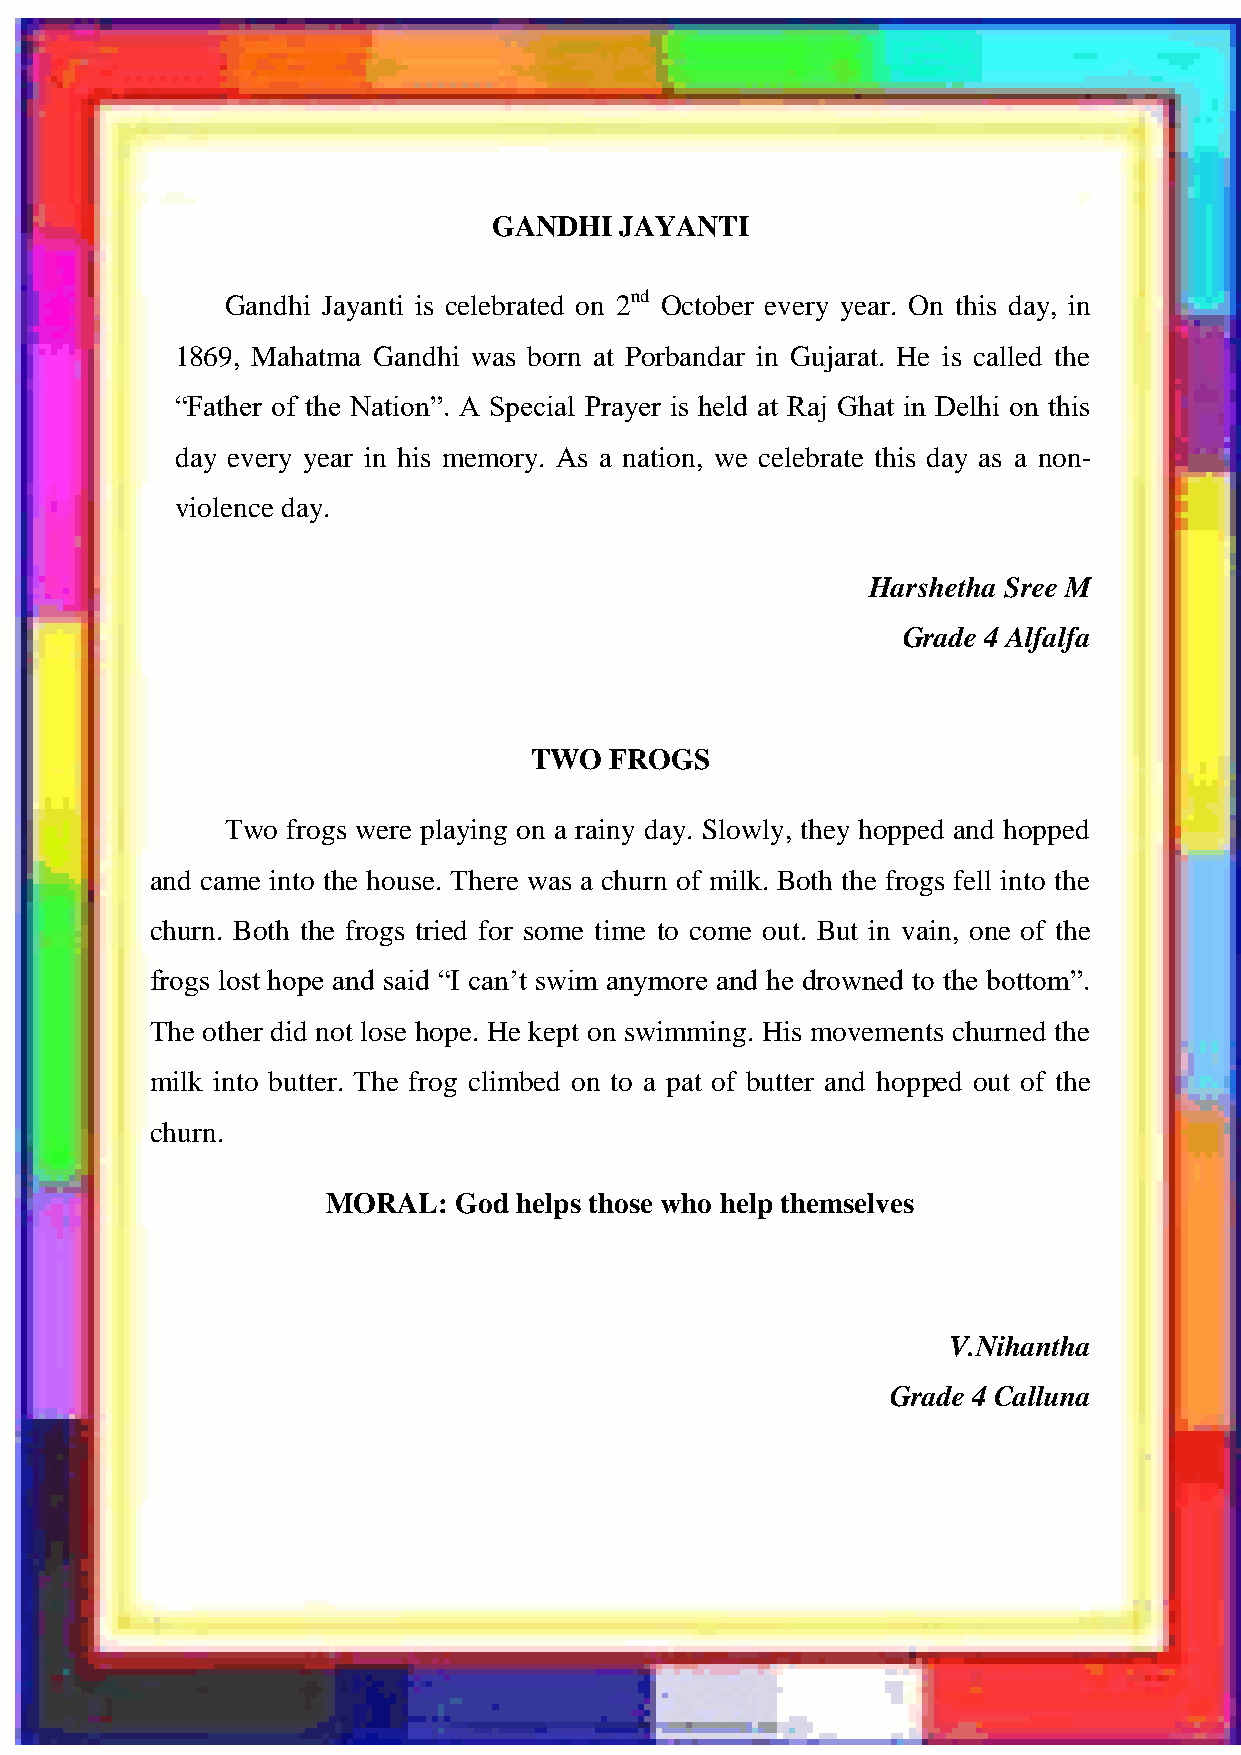
HONEY VIBES
 GANDHI  JAYANTI
 Gandhi Jayanti is celebrated on 2nd October every year. On this day, in
 1869, Mahatma Gandhi was born at Porbandar in Gujarat. He is called the
 “Father of the Nation”. A Special Prayer is held at Raj Ghat in Delhi on this
 day every year in his memory. As a nation, we celebrate this day as a non-
 violence day.
 Harshetha Sree M
 Grade 4 Alfalfa
 TWO  FROGS
 Two frogs were playing on a rainy day. Slowly, they hopped and hopped
 and came into the house. There was a churn of milk. Both the frogs fell into the
 churn. Both the frogs tried for some time to come out. But in vain, one of the
 frogs lost hope and said “I can‟t swim anymore and he drowned to the bottom”.
 The other did not lose hope. He kept on swimming. His movements churned the
 milk into butter. The frog climbed on to a pat of butter and hopped out of the
 churn.
 MORAL:  God helps those who help themselves
 V.Nihantha
 Grade 4 Calluna
 117